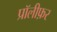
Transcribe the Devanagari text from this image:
प्रॉलीफ़र